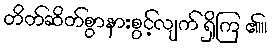
တိတ်ဆိတ်စွာနားစွင့်လျက် ရှိကြ ၏။